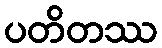
ပတိတဿ